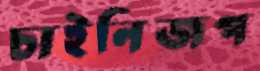
চাইনিজপ